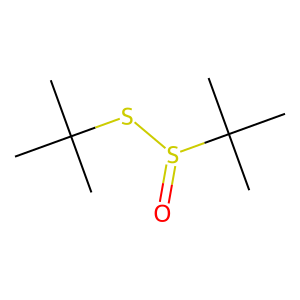
SMILES: CC(C)(C)SS(=O)C(C)(C)C
Inhibits HIV replication: No